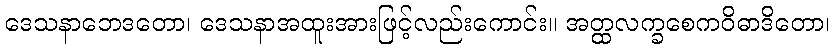
ဒေသနာဘေဒတော၊ ဒေသနာအထူးအားဖြင့်လည်းကောင်း။ အတ္ထလက္ခစေကဝိဓာဒိတော၊